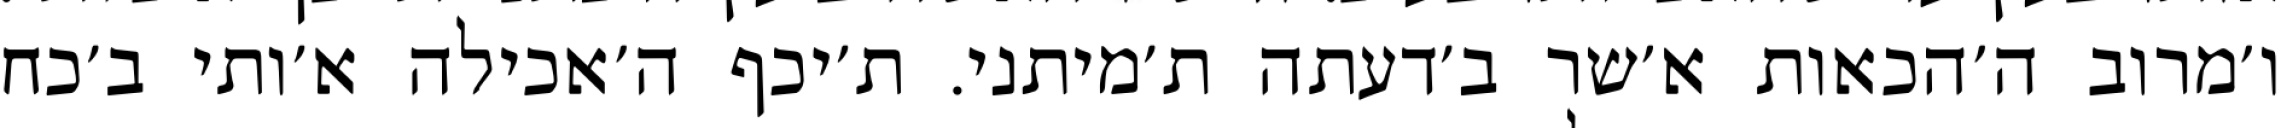
ו׳מרוב ה׳הכאות א׳שר ב׳דעתה ת׳מיתני. ת׳יכף ה׳אכילה א׳ותי ב׳כח